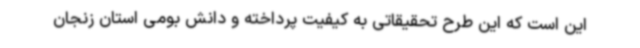
این است که این طرح تحقیقاتی به کیفیت پرداخته و دانش بومی استان زنجان